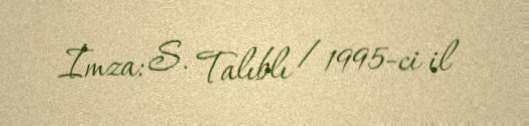
İmza: S. Talıblı / 1995-ci il